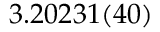
3 . 2 0 2 3 1 ( 4 0 )